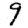
Digit: 9